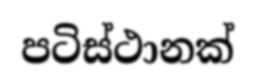
පටිස්ථානක්